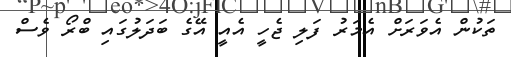
ތަކުން އެވަރަށް އެމަރު ފަލި ޖެހީ އެއީ އޭގެ ބަދަލުގައި ބްރޯ ވެސް